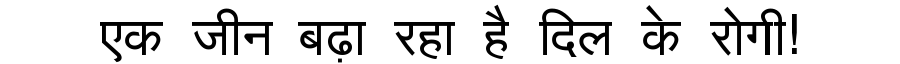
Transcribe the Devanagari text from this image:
एक जीन बढ़ा रहा है दिल के रोगी!